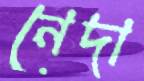
নেদা